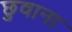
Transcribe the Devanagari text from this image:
छुवाना